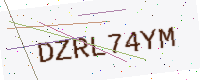
Text: DZRL74YM